Scottish Certificate of Education, 1963
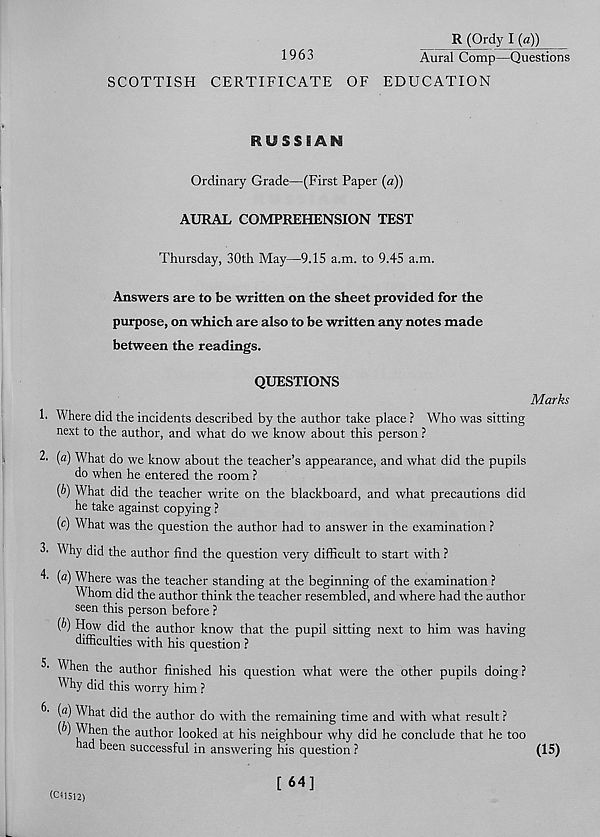
R (Ordy I (a))
1963
Aural Comp—Questions
SCOTTISH CERTIFICATE OF EDUCATION
RUSSIAN
Ordinary Grade—(First Paper (a))
AURAL COMPREHENSION TEST
Thursday, 30th May—9.15 a.m. to 9.45 a.m.
Answers are to be written on the sheet provided for the
purpose, on which are also to be written any notes made
between the readings.
1.
QUESTIONS
Marks
Where did the incidents described by the author take place ? Who was sitting
next to the author, and what do we know about this person ?
2- (a) What do we know about the teacher’s appearance, and what did the pupils
do when he entered the room ?
(6) What did the teacher write on the blackboard, and what precautions did
he take against copying ?
(c) What was the question the author had to answer in the examination ?
3' Why did the author find the question very difficult to start with ?
(a) Where was the teacher standing at the beginning of the examination ?
Whom did the author think the teacher resembled, and where had the author
seen this person before ?
(b) How did the author know that the pupil sitting next to him was having
difficulties with his question ?
5.
6.
When the author finished his question what were the other pupils doing?
Why did this worry him ?
(«) What did the author do with the remaining time and with what result ?
^
t^le aut h°r looked at his neighbour why did he conclude that he too
had been successful in answering his question ?
(15)
(011512)
[ 64]